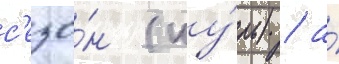
с'езо́н (иу́ль) / а́